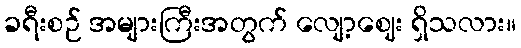
ခရီးစဉ် အများကြီးအတွက် လျော့ဈေး ရှိသလား။